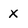
Character: X